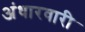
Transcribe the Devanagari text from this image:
अंधारवारी